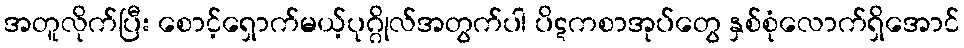
အတူလိုက်ပြီး စောင့်ရှောက်မယ့်ပုဂ္ဂိုလ်အတွက်ပါ ပိဋကစာအုပ်တွေ နှစ်စုံလောက်ရှိအောင်